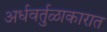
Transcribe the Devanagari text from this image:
अर्धवर्तुळाकारात